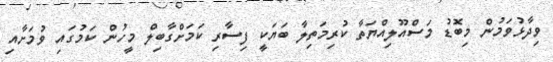
ވިދާޅުވަމުން މިބޮޑު މަަސްއޫލިއްޔަތާ ކުރިމަތިލާ ބަޔަކީ ފިސާރި ކަމަށްގާބިލް މީހުން ކަމުގައި ވުމަށާއި